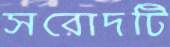
সরোদটি